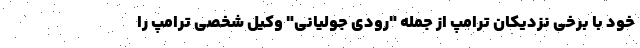
خود با برخی نزدیکان ترامپ از جمله "رودی جولیانی" وکیل شخصی ترامپ را